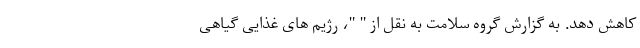
کاهش دهد. به گزارش گروه سلامت به نقل از " "، رژیم های غذایی گیاهی